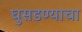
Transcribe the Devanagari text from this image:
घुसडण्याचा